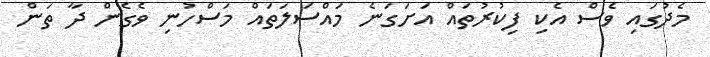
މެދުގައި ވެސް އެކި ފިކުރުތައް އަށަގަނެ މައްސަލަތައް މަސްހުނި ވެގެން ދާ ތަން